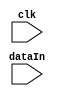

module Display
	(
		input wire clk,
		input wire [15:0] dataIn
	);

	always @(dataIn) 
	begin
		$display("Display: %4h", dataIn);
	end

endmodule